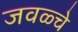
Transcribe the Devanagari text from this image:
जवळ्चे